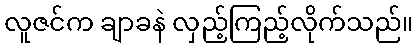
လူဇင်က ချာခနဲ လှည့်ကြည့်လိုက်သည်။